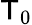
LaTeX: \mathsf{T}_{0}